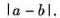
la-bl。